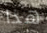
هذا